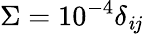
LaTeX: \Sigma=10^{-4}\delta_{\mathit{i}j}